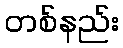
တစ်နည်း